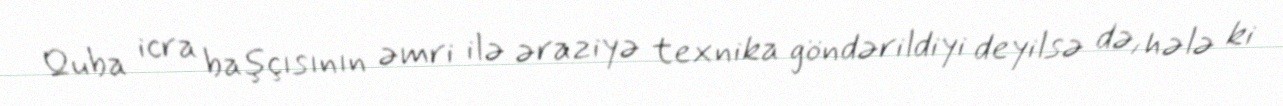
Quba icra başçısının əmri ilə əraziyə texnika göndərildiyi deyilsə də, hələ ki